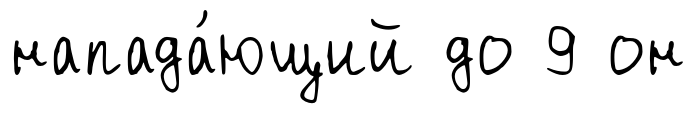
напада́ющий до 9 он